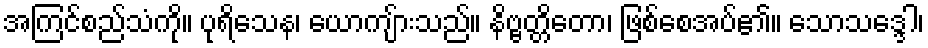
အကြင်စည်သံကို။ ပုရိသေန၊ ယောကျ်ားသည်။ နိဗ္ဗတ္တိတော၊ ဖြစ်စေအပ်၏။ သောသဒ္ဒေါ၊